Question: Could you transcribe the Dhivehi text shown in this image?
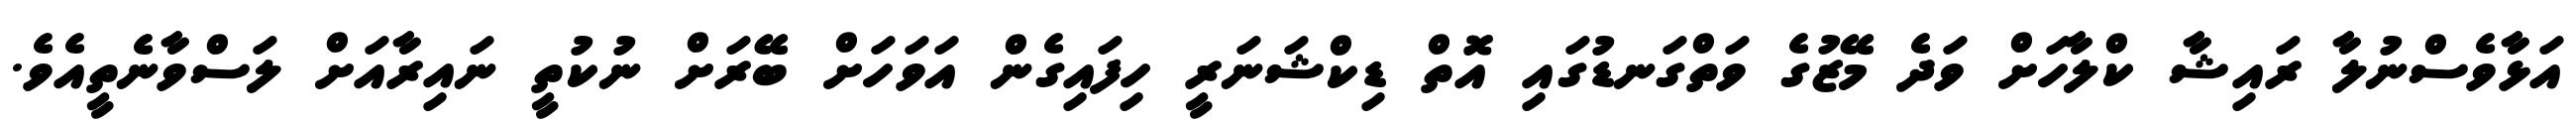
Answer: އަޅާވެސްނުލާ ރައިޝާ ކްލާހަށް ވަދެ މޭޒުގެ ވަތްގަނޑުގައި އޮތް ޑިކްޝަނަރީ ހިފައިގެން އަވަހަށް ބޭރަށް ނުކުތީ ނައިރާއަށް ލަސްވާނެތީއެވެ.